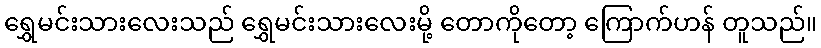
ရွှေမင်းသားလေးသည် ရွှေမင်းသားလေးမို့ တောကိုတော့ ကြောက်ဟန် တူသည်။